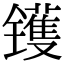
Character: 镬